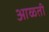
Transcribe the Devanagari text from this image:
आळती